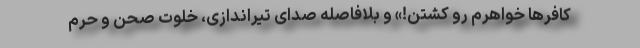
کافرها خواهرم رو کشتن!» و بلافاصله صدای تیراندازی، خلوت صحن و حرم